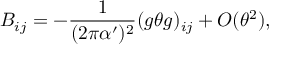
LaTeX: B _ { i j } = - \frac { 1 } { ( 2 \pi \alpha ^ { \prime } ) ^ { 2 } } ( g \theta g ) _ { i j } + O ( \theta ^ { 2 } ) ,